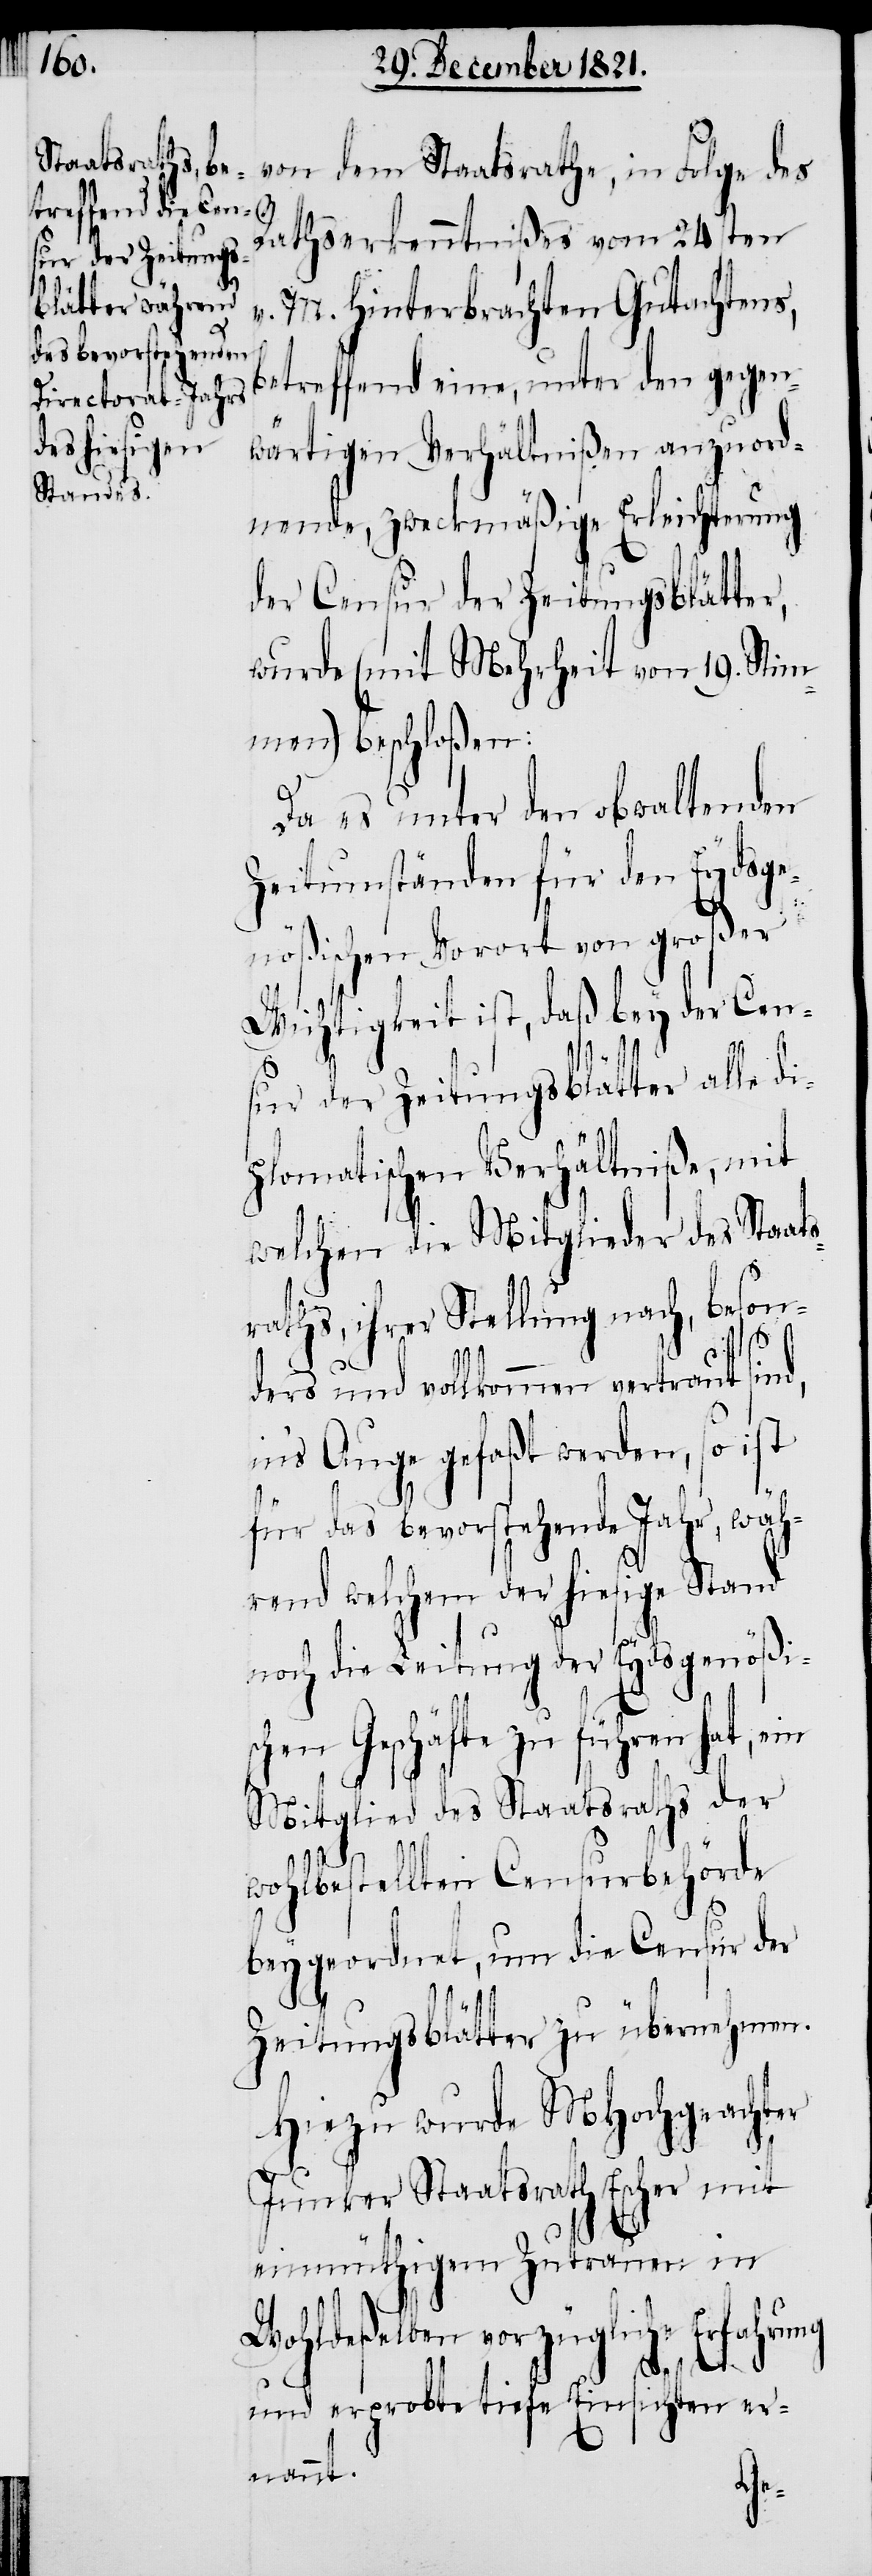
in

Rathserkenntnißes vom 24sten
M. hinterbrachten Gutachtens,
v.
betreffend eine, unter den gegen¬
wärtigen Verhältnißen anzuord¬
nende, zweckmäßige Erleichterung
der Censur der Zeitungsblätter,
wurde (mit Mehrheit von 19. Stim¬
men) beschloßen:
Da es unter den obwaltenden
Zeitumständen für den Eydsge¬
nößischen Vorort von großer
Wichtigkeit ist, daß bey der Cen¬
sur der Zeitungsblätter alle di¬
plomatischen Verhältniße, mit
welchen die Mitglieder des Staat¬
sraths, ihrer Stellung nach, beson¬
des
ders und vollkommen vertraut sind,
in’s Auge gefaßt werden, so ist
für das bevorstehende Jahr, wäh¬
rend welchem der hiesige Stand
noch die Leitung der Eydsgenößi¬
schen Geschäfte zu führen hat, ein
Mitglied des Staatsraths der
wohlbestellten Censurbehörde
beygeordnet, um die Censur der
Zeitungsblätter zu übernehmen.
Hiezu wurde MHochgeachter
Junker Staatsrath Escher mit
einmüthigem Zutrauen in
Wohldeßelben vorzügliche Erfahrung
und erprobte tiefe Einsichten er¬
nannt.